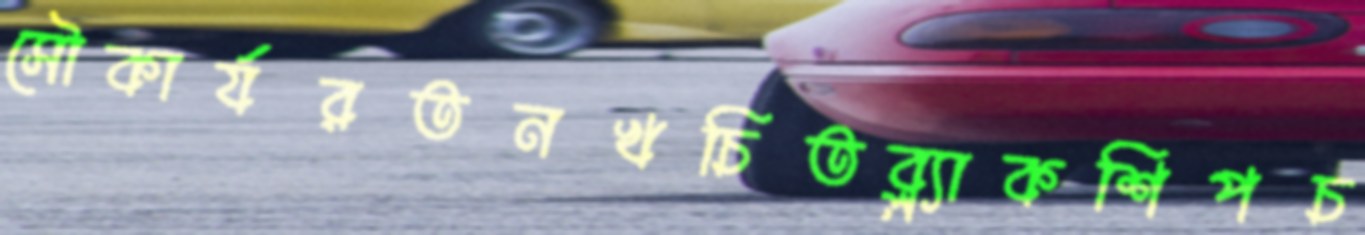
সৌকার্যরতনখচিতব্ল্যাকশিপচ